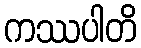
ကဿပါတိ